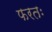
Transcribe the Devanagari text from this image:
फरतः